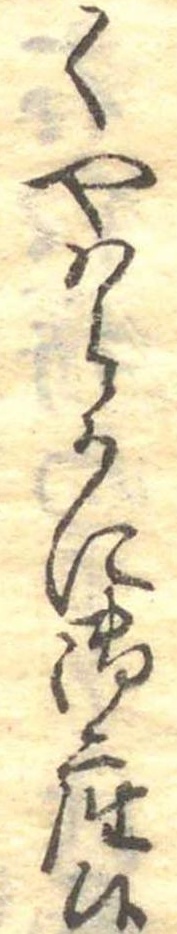
くやはらかに御座候